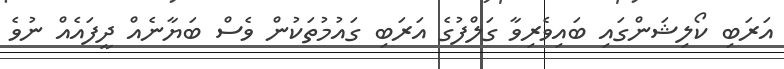
އަރަބި ކޯލިޝަންގައި ބައިވެރިވާ ގަލްފުގެ އަރަބި ގައުމުތަކުން ވެސް ބަޔާނެއް ދީފައެއް ނުވެ